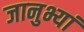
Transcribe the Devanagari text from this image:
जानुभ्यां